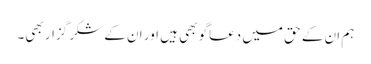
ہم ان کے حق میں دعاگو بھی ہیں اور ان کے شکر گزار بھی۔